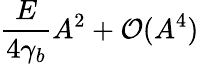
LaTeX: \frac{E}{4\gamma_{b}}A^{2}+\mathcal{O}(A^{4})